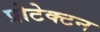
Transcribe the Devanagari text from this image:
प्रोटेक्टन